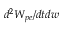
d ^ { 2 } W _ { p e } / d t d w